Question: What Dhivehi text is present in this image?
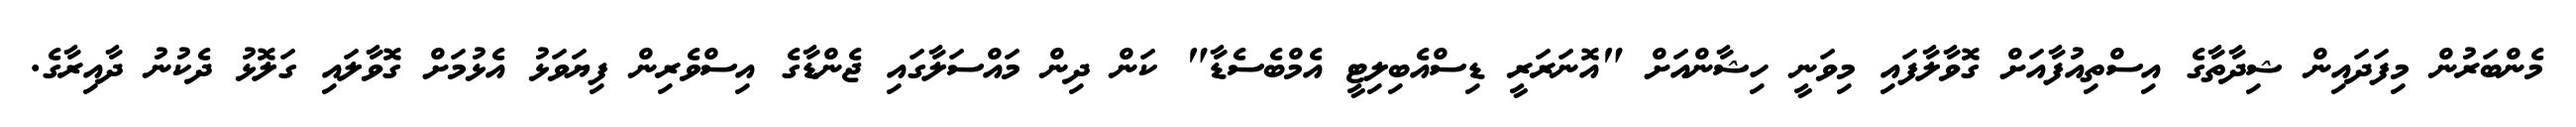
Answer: މެންބަރުން މިފަދައިން ޝިދާތާގެ އިސްތިއުފާއަށް ގޮވާލާފައި މިވަނީ ހިޝާންއަށް "އޮނަރަރީ ޑިސްއެބިލިޓީ އެމްބެސެޑާ" ކަން ދިން މައްސަލާގައި ޖެންޑާގެ އިސްވެރިން ފިޔަވަޅު އެޅުމަށް ގޮވާލައި ގަލޮޅު ދެކުނު ދާއިރާގެ.